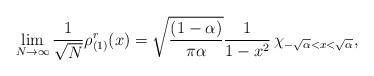
LaTeX: \begin{align*}\lim_{N\to\infty}\frac1{\sqrt N}\rho_{(1)}^r(x)=\sqrt{\frac{(1-\alpha)}{\pi\alpha}}\frac{1}{1-x^2} \, \chi_{-\sqrt{\alpha}<x<\sqrt{\alpha}},\end{align*}